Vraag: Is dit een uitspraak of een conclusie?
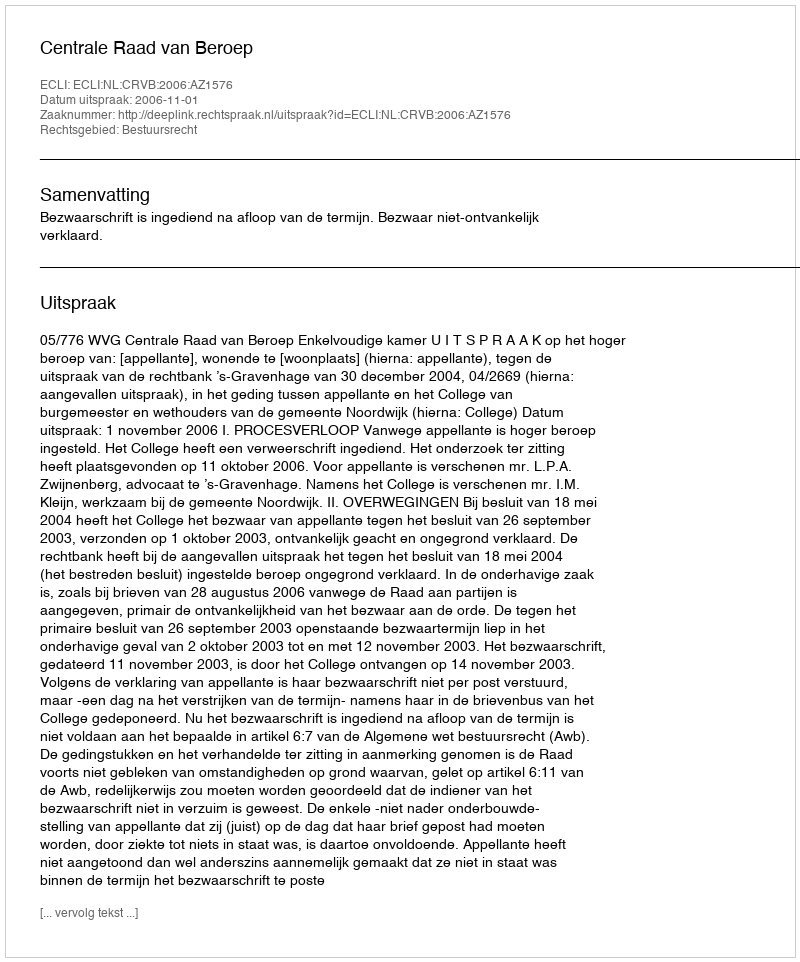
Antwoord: Uitspraak